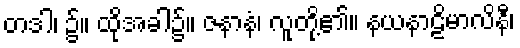
တဒါ၊ ၌။ ထိုအခါ၌။ ဇနာနံ၊ လူတို့၏။ နယနာဠိမာလိနီ၊